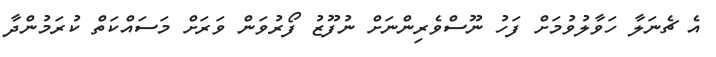
އެ ޗެނަލާ ހަވާލުވުމަށް ފަހު ނޫސްވެރިންނަށް ނުފޫޒު ފޯރުވަން ވަރަށް މަސައްކަތް ކުރަމުންދާ